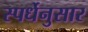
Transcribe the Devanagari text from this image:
स्पर्धेनुसार